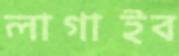
লাগাইব